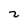
Character: 2